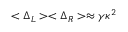
< \Delta _ { L } > < \Delta _ { R } > \approx \gamma \kappa ^ { 2 }